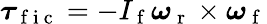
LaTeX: \boldsymbol{\tau}_{\mathrm{~f~i~c~}}=-I_{\mathrm{~f~}}\boldsymbol{\omega}_{\mathrm{~r~}}\times\boldsymbol{\omega}_{\mathrm{~f~}}